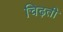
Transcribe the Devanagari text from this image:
चिढ़ती